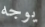
يوجه